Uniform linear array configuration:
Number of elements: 24
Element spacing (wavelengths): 0.5
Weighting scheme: hamming
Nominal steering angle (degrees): -45
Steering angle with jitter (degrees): -46.115
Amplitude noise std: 0.05
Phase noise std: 0.05

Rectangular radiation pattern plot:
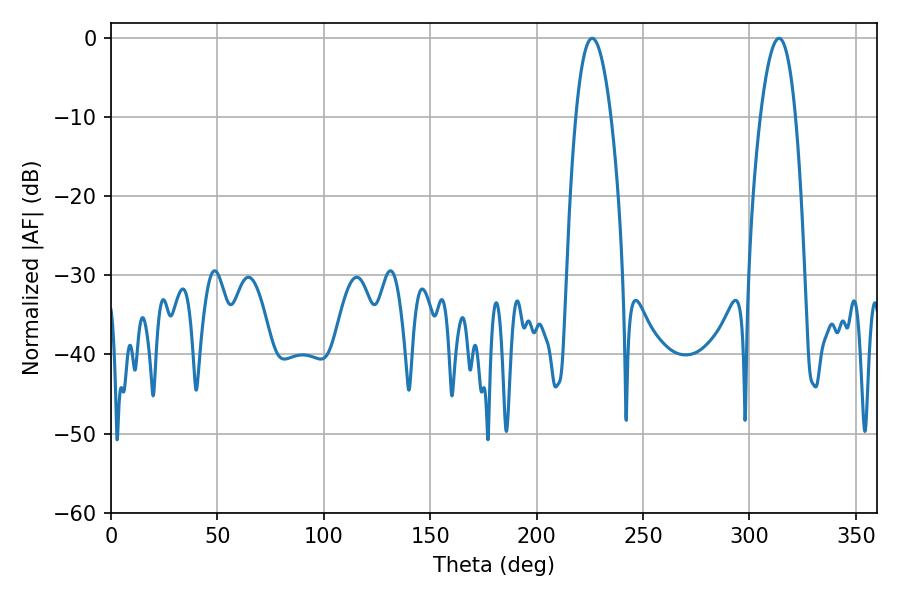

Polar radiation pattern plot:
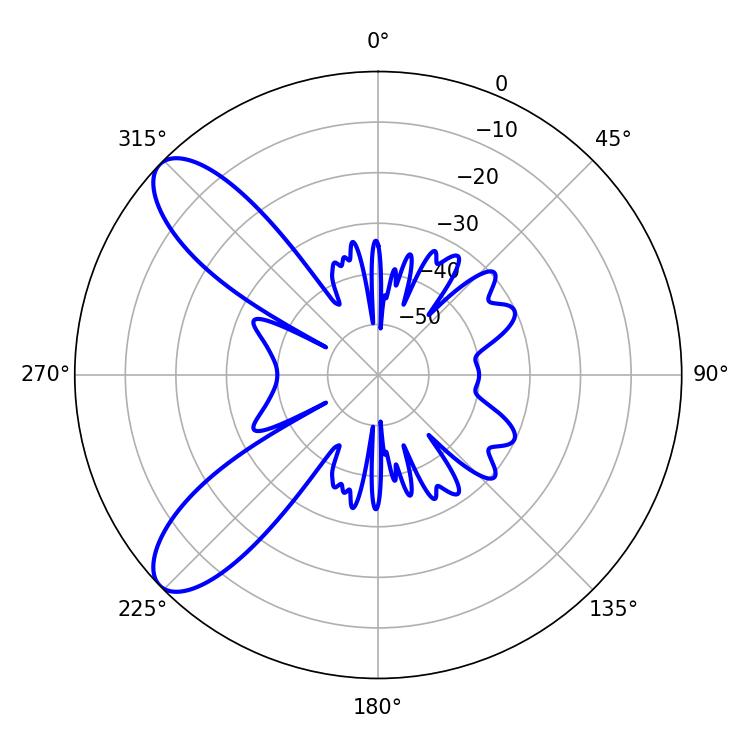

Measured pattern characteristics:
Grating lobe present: FALSE
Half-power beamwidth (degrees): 9
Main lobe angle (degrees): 226.08